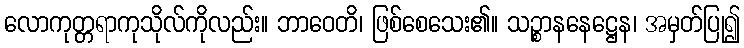
လောကုတ္တရာကုသိုလ်ကိုလည်း။ ဘာဝေတိ၊ ဖြစ်စေသေး၏။ သဉ္စာနနေဋ္ဌေန၊ အမှတ်ပြု၍